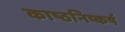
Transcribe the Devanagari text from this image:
काष्ठनिष्कर्ष